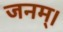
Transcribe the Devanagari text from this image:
जनम्।